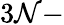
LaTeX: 3\mathcal{N}-